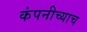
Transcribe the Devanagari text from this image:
कंपनीच्याच